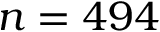
n = 4 9 4